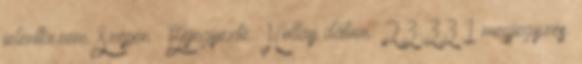
jelentkezem. Szépen : Bejegyezte: Hollay dátum: 23:33 1 megjegyzés: